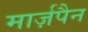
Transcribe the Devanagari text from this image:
मार्ज़पैन